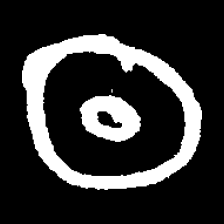
Pyu character \u2014 Myanmar letter: ထ (romanized: tha)